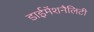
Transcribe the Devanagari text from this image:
डाईमेंशनैलिटी